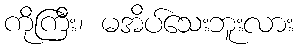
ကိုကြီး၊ မအိပ်သေးဘူးလား